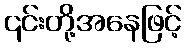
၎င်းတို့အနေဖြင့်